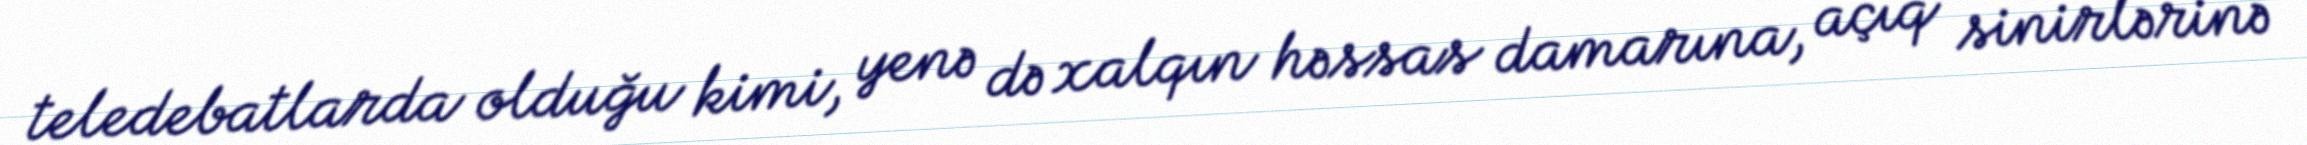
teledebatlarda olduğu kimi, yenə də xalqın həssas damarına, açıq sinirlərinə